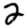
Digit: 2